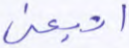
اتبعني